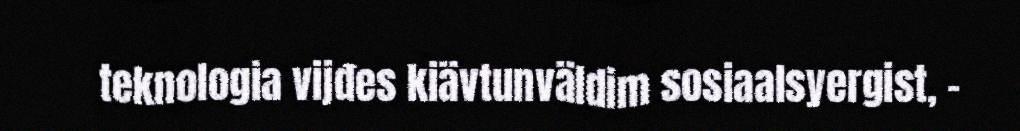
teknologia vijđes kiävtunväldim sosiaalsyergist, -